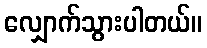
လျှောက်သွားပါတယ်။